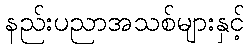
နည်းပညာအသစ်များနှင့်